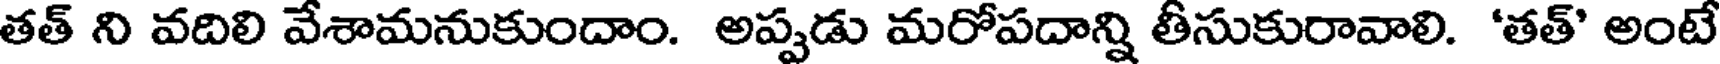
తత్ ని వదిలి వేశామనుకుందాం. అప్పడు మరోపదాన్ని తీసుకురావాలి. 'తత్' అంటే